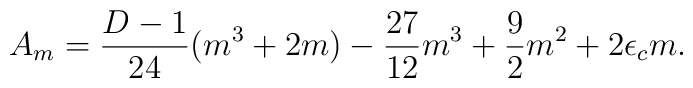
A_{m}=\frac{D-1}{24}(m^{3}+2m)-\frac{27}{12}m^{3}+\frac{9}{2}m^{2}+2\epsilon_c m.